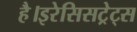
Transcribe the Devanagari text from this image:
है।इरेसिसट्रेट्स